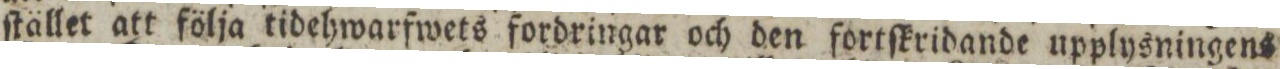
ſtället att följa tidehwarfwets fordringar och den fortſkridande upplysningens